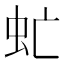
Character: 虻